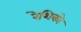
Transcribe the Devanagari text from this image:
रेशिको